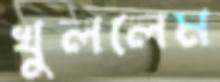
খুললেম